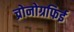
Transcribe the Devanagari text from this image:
च्रोनोग्रफिई